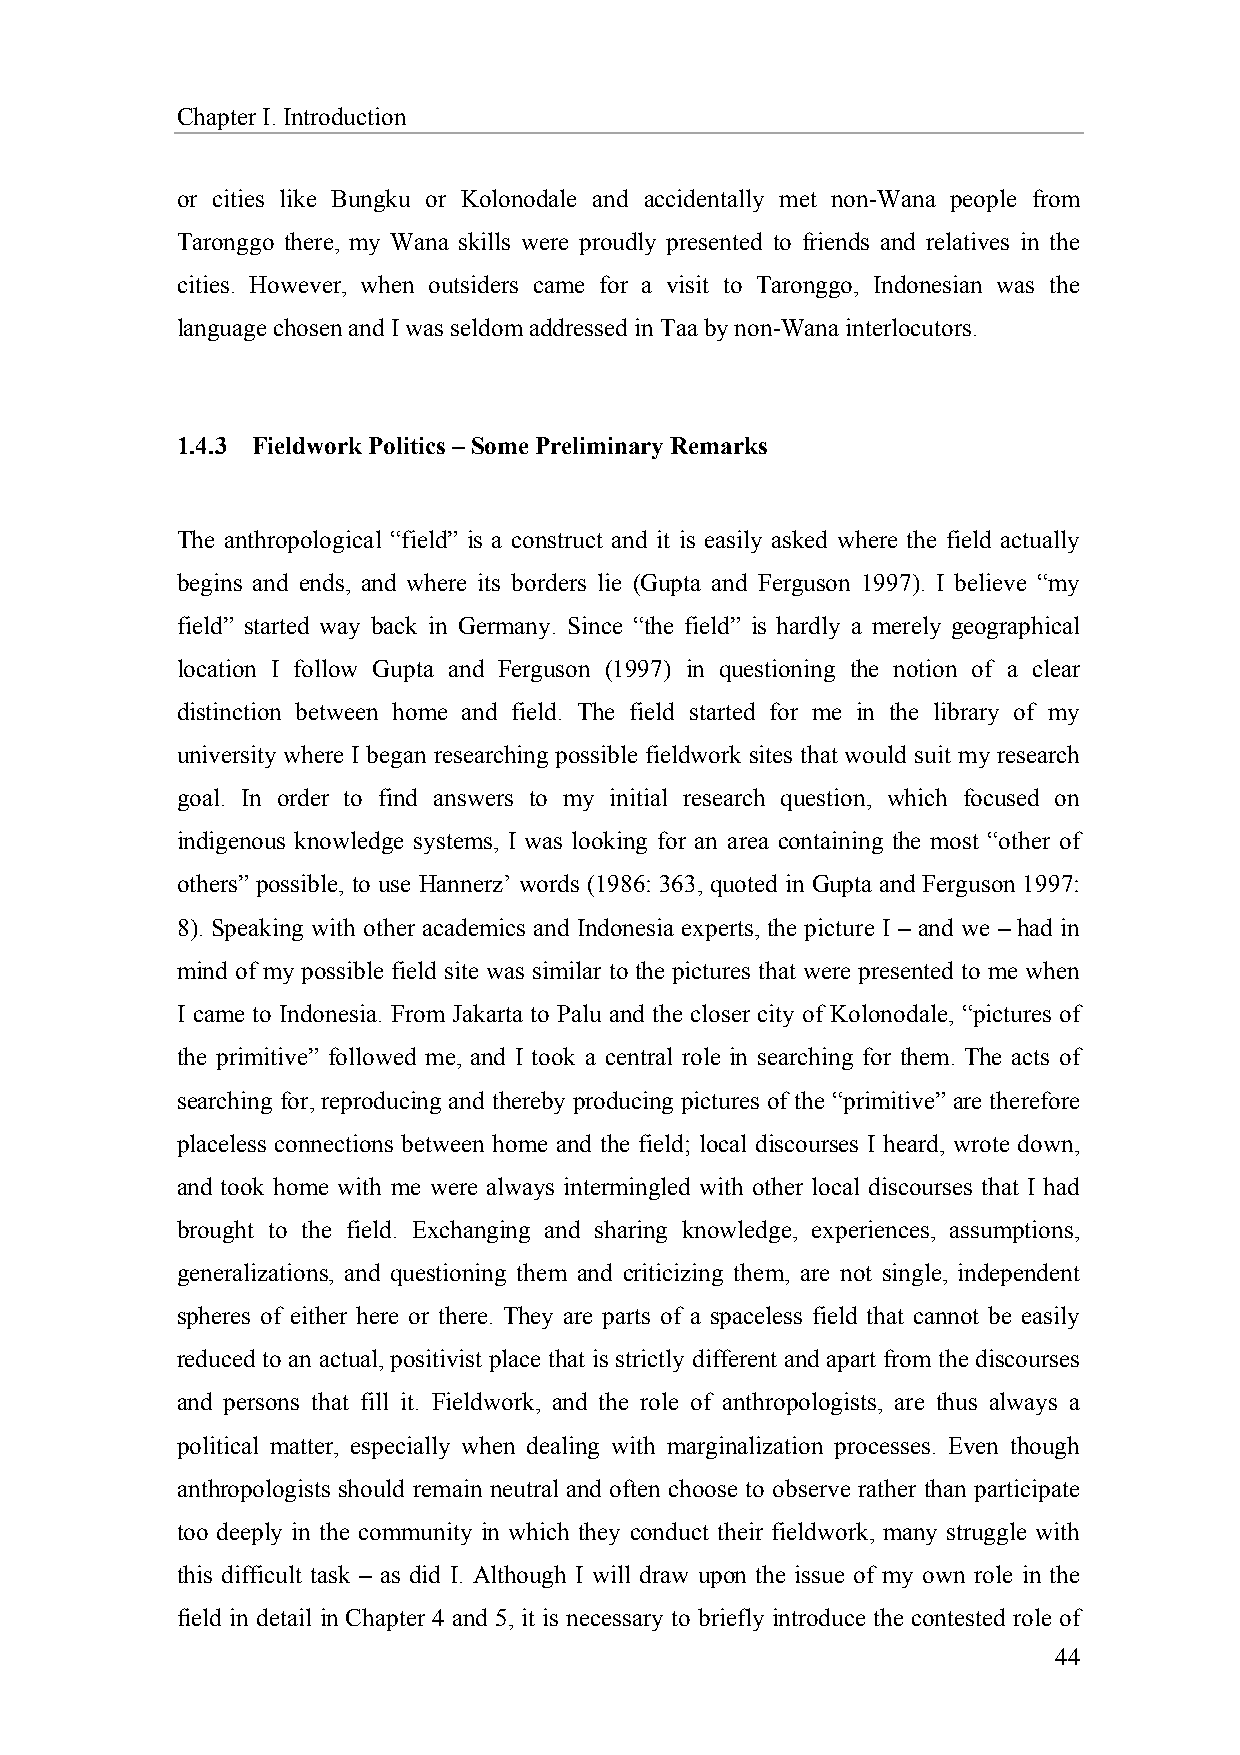
Chapter I. Introduction
 or cities like Bungku or Kolonodale and accidentally met non-Wana people from
 Taronggo there, my Wana skills were proudly presented to friends and relatives in the
 cities. However, when outsiders came for a visit to Taronggo, Indonesian was the
 language chosen and I was seldom addressed in Taa by non-Wana interlocutors.
 1.4.3 Fieldwork Politics – Some Preliminary Remarks
 The anthropological “field” is a construct and it is easily asked where the field actually
 begins and ends, and where its borders lie (Gupta and Ferguson 1997). I believe “my
 field” started way back in Germany. Since “the field” is hardly a merely geographical
 location I follow Gupta and Ferguson (1997) in questioning the notion of a clear
 distinction between home and field. The field started for me in the library of my
 university where I began researching possible fieldwork sites that would suit my research
 goal. In order to find answers to my initial research question, which focused on
 indigenous knowledge systems, I was looking for an area containing the most “other of
 others” possible, to use Hannerz’ words (1986: 363, quoted in Gupta and Ferguson 1997:
 8). Speaking with other academics and Indonesia experts, the picture I – and we – had in
 mind of my possible field site was similar to the pictures that were presented to me when
 I came to Indonesia. From Jakarta to Palu and the closer city of Kolonodale, “pictures of
 the primitive” followed me, and I took a central role in searching for them. The acts of
 searching for, reproducing and thereby producing pictures of the “primitive” are therefore
 placeless connections between home and the field; local discourses I heard, wrote down,
 and took home with me were always intermingled with other local discourses that I had
 brought to the field. Exchanging and sharing knowledge, experiences, assumptions,
 generalizations, and questioning them and criticizing them, are not single, independent
 spheres of either here or there. They are parts of a spaceless field that cannot be easily
 reduced to an actual, positivist place that is strictly different and apart from the discourses
 and persons that fill it. Fieldwork, and the role of anthropologists, are thus always a
 political matter, especially when dealing with marginalization processes. Even though
 anthropologists should remain neutral and often choose to observe rather than participate
 too deeply in the community in which they conduct their fieldwork, many struggle with
 this difficult task – as did I. Although I will draw upon the issue of my own role in the
 field in detail in Chapter 4 and 5, it is necessary to briefly introduce the contested role of
 44